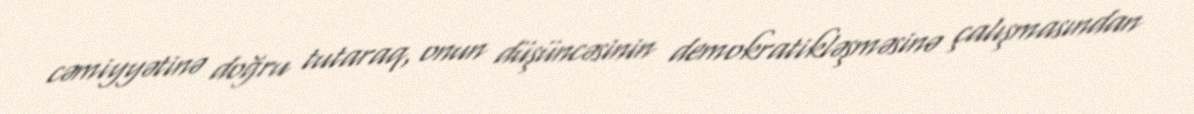
cəmiyyətinə doğru tutaraq, onun düşüncəsinin demokratikləşməsinə çalışmasından